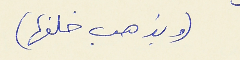
(ويذهب خلفها)